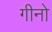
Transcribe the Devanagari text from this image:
गीनो